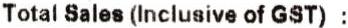
TOTAL SALES (INCLUSIVE OF GST) :